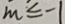
m \leq - 1